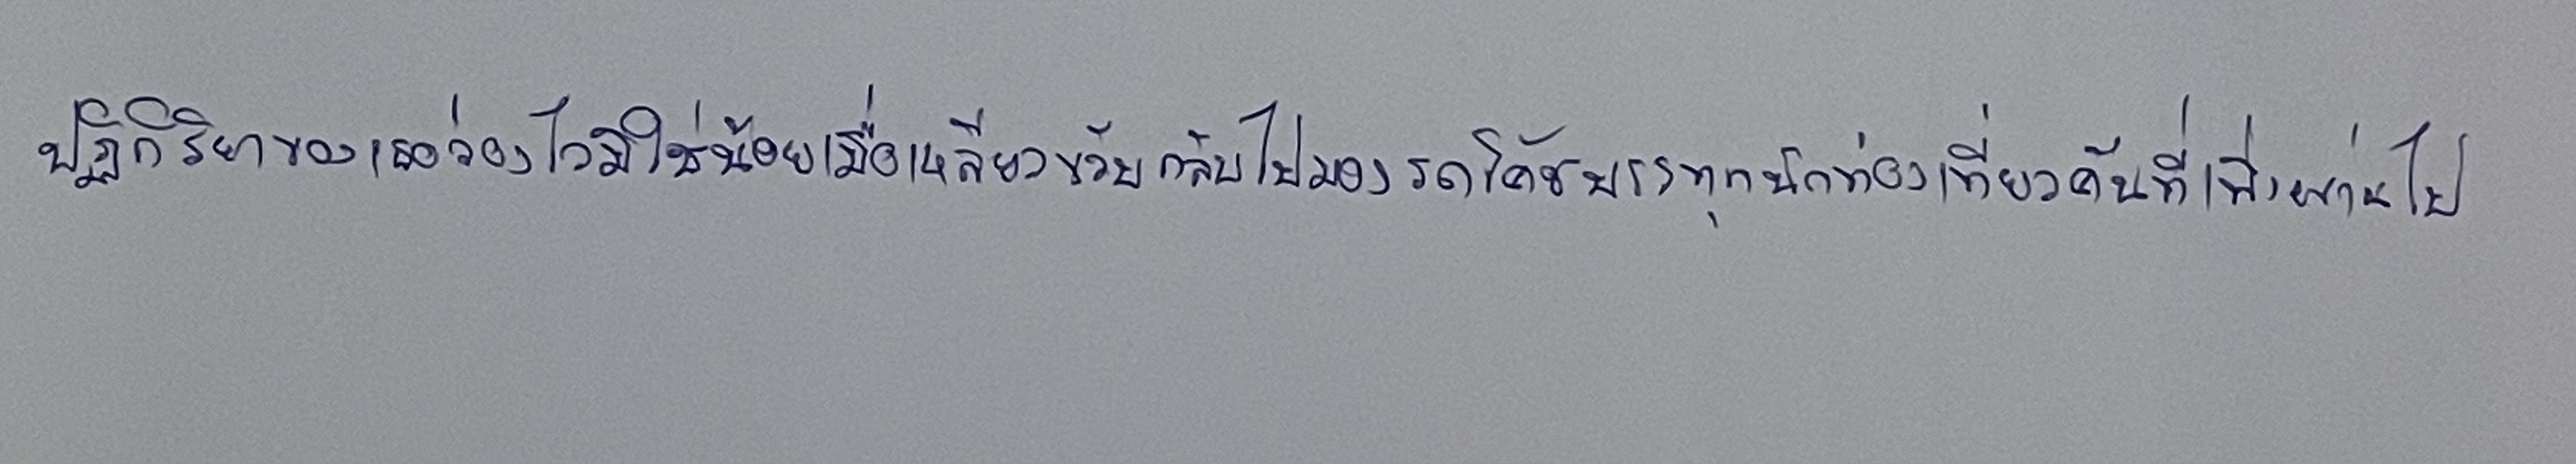
ปฏิกิริยาของเธอว่องไวมิใช่น้อยเมื่อเหลียวขวับกลับไปมองรถโค้ชบรรทุกนักท่องเที่ยวคันที่เพิ่งผ่านไป